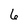
Character: 6